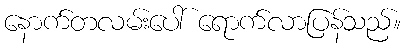
နောက်တလမ်းပေါ် ရောက်လာပြန်သည်။